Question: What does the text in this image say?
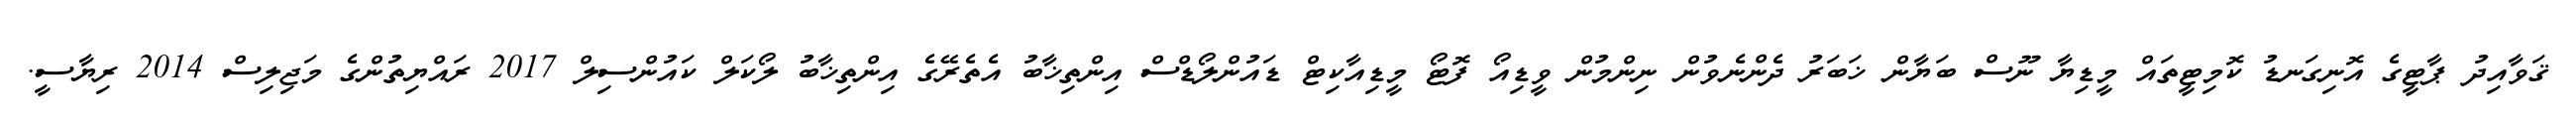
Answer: ޤަވާއިދު ޕާޓީގެ އޮނިގަނޑު ކޮމިޓީތައް މީޑިޔާ ނޫސް ބަޔާން ޚަބަރު ދެންނެވުން ނިންމުން ވީޑިއޯ ފޮޓޯ މީޑިއާކިޓް ޑައުންލޯޑްސް އިންތިޚާބު އެތެރޭގެ އިންތިޚާބު ލޯކަލް ކައުންސިލް 2017 ރައްޔިތުންގެ މަޖިލިސް 2014 ރިޔާސީ.